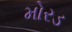
મોરડ